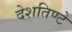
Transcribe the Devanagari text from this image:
देशतिण्टे